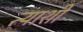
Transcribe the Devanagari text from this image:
त्याशीं